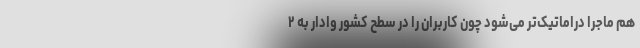
هم ماجرا دراماتیک‌تر می‌شود چون کاربران را در سطح کشور وادار به ۲